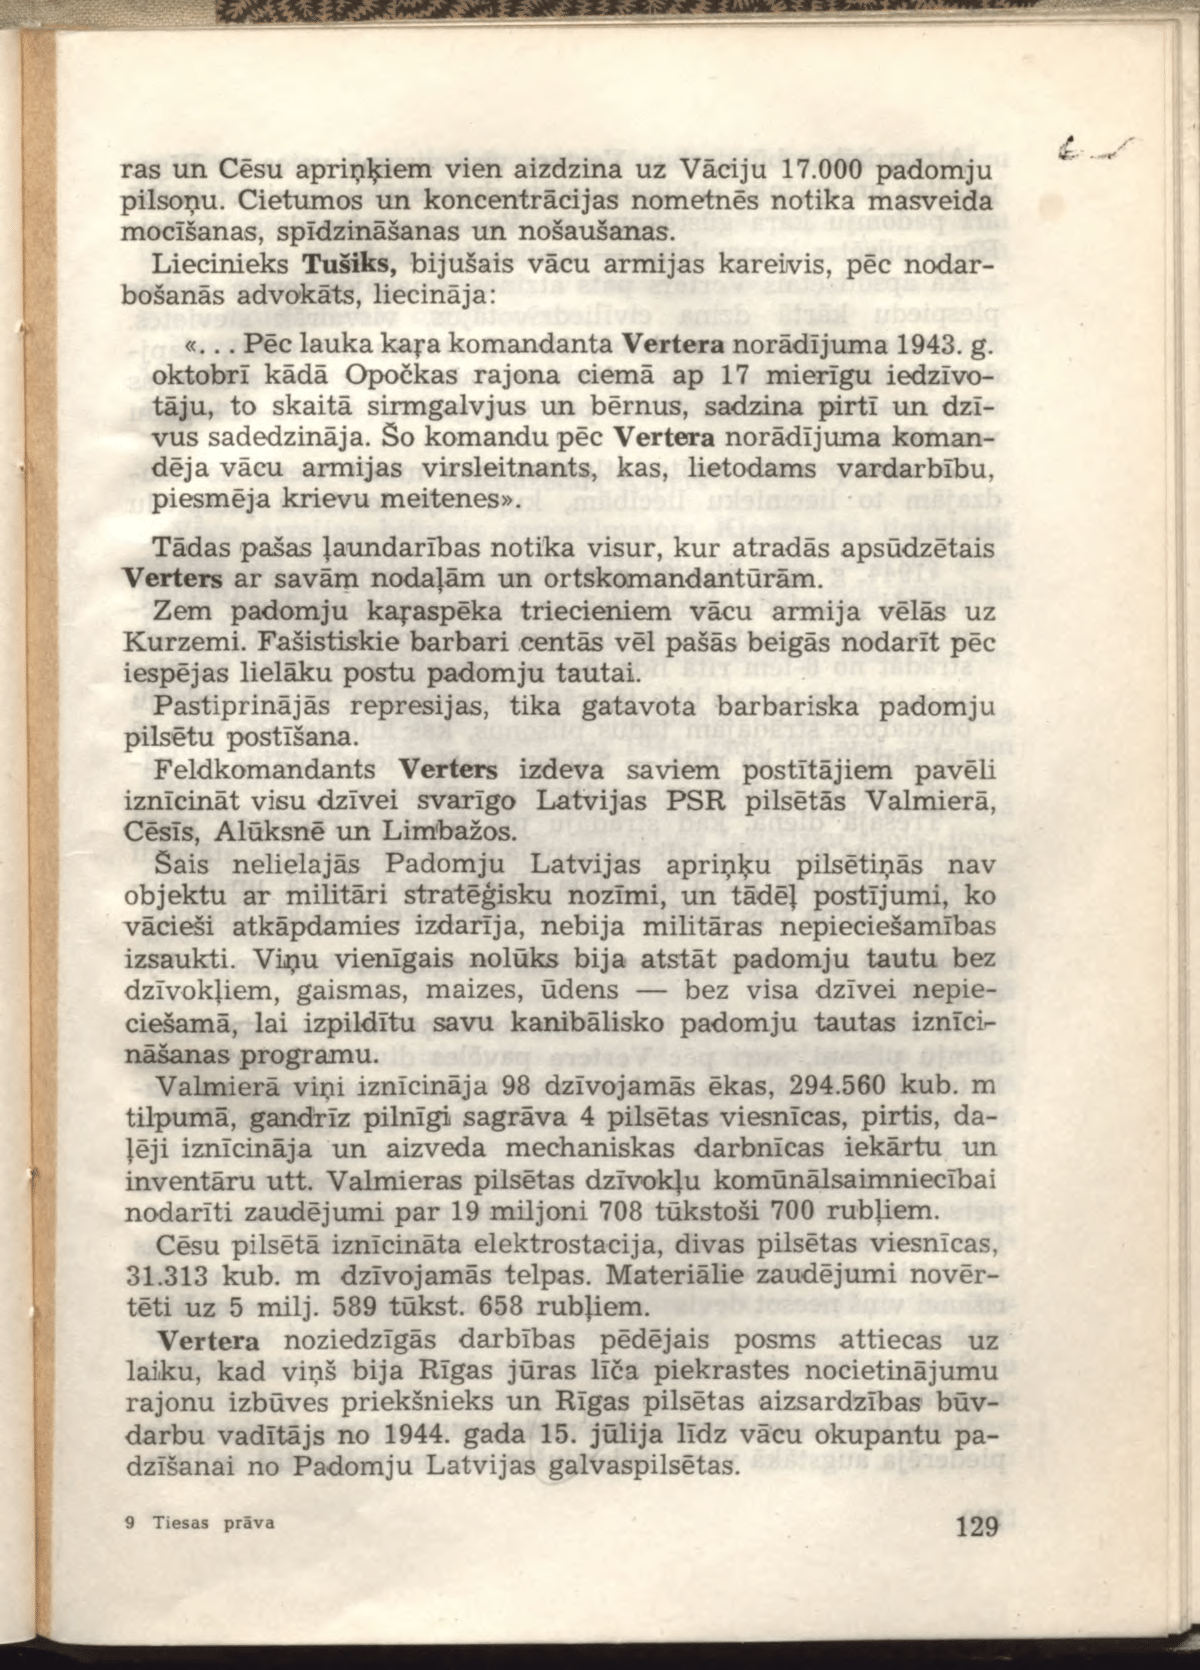
Language: lv